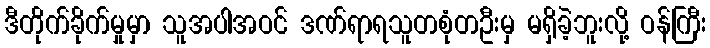
ဒီတိုက်ခိုက်မှုမှာ သူအပါအဝင် ဒဏ်ရာရသူတစုံတဦးမှ မရှိခဲ့ဘူးလို့ ဝန်ကြီး